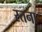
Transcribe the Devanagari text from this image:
स्तना